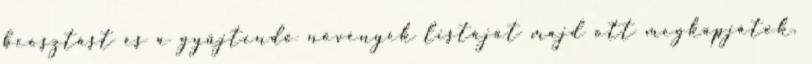
beosztást és a gyűjtendő növények listáját majd ott megkapjátok.